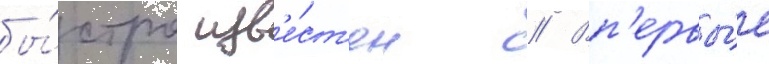
бы́стро изв'е́ст'ен // Вп'ервы́е